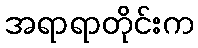
အရာရာတိုင်းက